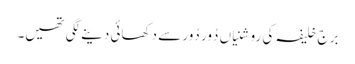
برج خلیفہ کی روشنیاں دُور دُور سے دکھائی دینے لگی تھیں۔